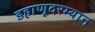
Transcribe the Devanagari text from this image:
डहाणूदरम्यान